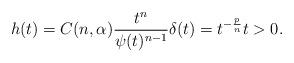
LaTeX: \begin{align*}h(t) = C(n, \alpha) \frac{ t^n}{\psi(t)^{n-1}} \delta(t) = t^{- \frac{p}{n}} t>0. \end{align*}